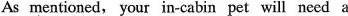
As mentioned, your in-cabin pet will need a